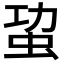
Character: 𮓾